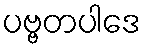
ပဗ္ဗတပါဒေ